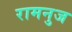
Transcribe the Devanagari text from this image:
रामनुज